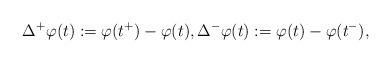
LaTeX: \begin{align*}\Delta^{+}\varphi(t) := \varphi(t^{+}) - \varphi(t), \Delta^{-}\varphi(t) := \varphi(t ) - \varphi(t^{-}),\end{align*}